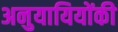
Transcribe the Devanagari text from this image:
अनुयायियोंकी